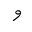
Letter: _waw